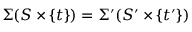
\Sigma ( S \times \{ t \} ) = \Sigma ^ { \prime } ( S ^ { \prime } \times \{ t ^ { \prime } \} )